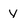
Character: y